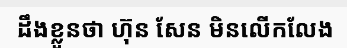
ដឹងខ្លួនថា ហ៊ុន សែន មិនលើកលែង